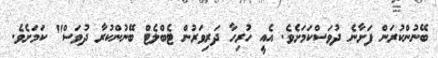
ބޭނުންކުރަން ފަށާނެ ދުވަސްކަމަށެވެ. އެއީ ހުރިހާ ދަރިވަރުން ޓެބްލެޓް ބޭނުންކުރާ ދުވަސް" ކަމަށެވެ.